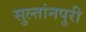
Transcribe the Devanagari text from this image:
सुल्तांनपुरी